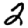
Digit: 2